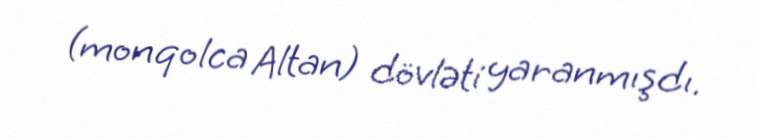
(monqolca Altan) dövləti yaranmışdı.